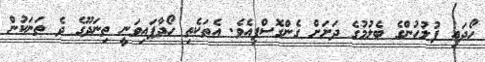
ހޯދައި ފުލުހުންގެ ބެލުމުގެ ދަށަށް ގެންގޮސްފިއެވެ. އެތަކެތި ހޯދާފައިވަނީ ތިނަދޫގެ ދެ ތަނަކުން